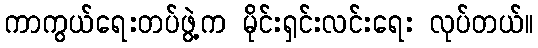
ကာကွယ်ရေးတပ်ဖွဲ့က မိုင်းရှင်းလင်းရေး လုပ်တယ်။